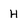
Character: H